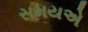
સમયએ